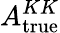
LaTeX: A_{\mathrm{true}}^{KK}